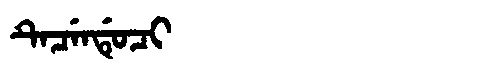
Manchu: ᡨᡝᠴᡝᠨᡩᡠᠴᡳ
Romanization: TECENDUCI